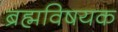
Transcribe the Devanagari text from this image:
ब्रह्मविषयक